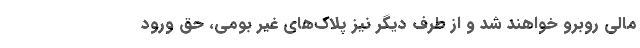
مالی روبرو خواهند شد و از طرف دیگر نیز پلاک‌های غیر بومی، حق ورود